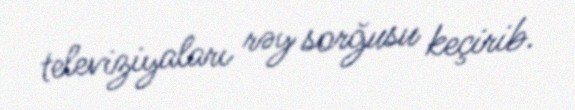
televiziyaları rəy sorğusu keçirib.